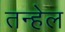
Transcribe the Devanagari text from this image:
तन्हेल